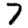
Digit: 7